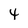
Character: 4